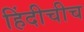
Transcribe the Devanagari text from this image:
हिंदीचीच